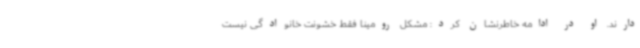
دارند. او در ادامه خاطرنشان کرد: مشکل رومینا فقط خشونت خانوادگی نیست